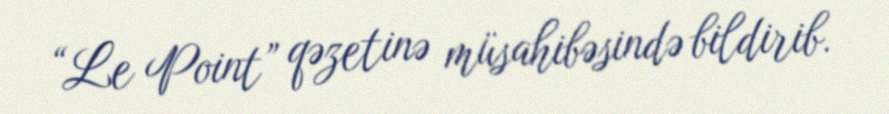
“Le Point” qəzetinə müsahibəsində bildirib.